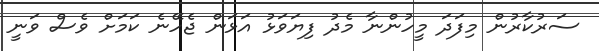
ސަރުކާރުން މިފަދަ މީހުންނާ މެދު ފިޔަވަޅު އަޅަން ޖެހޭނެ ކަމަށް ވެސް ވަނީ